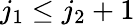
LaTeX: j_{1}\leq j_{2}+1